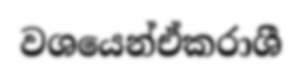
වශයෙන්ඒකරාශී